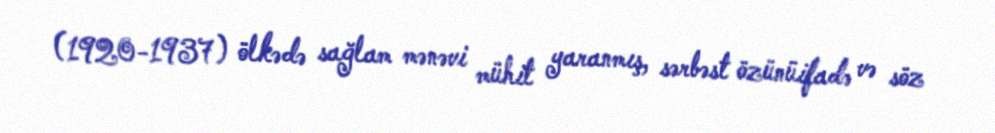
(1920-1937) ölkədə sağlam mənəvi mühit yaranmış, sərbəst özünüifadə və söz